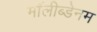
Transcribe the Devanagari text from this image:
मॉलीब्डेनम